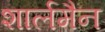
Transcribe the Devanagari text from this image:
शार्लमैन